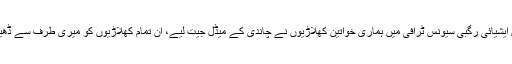
گزشتہ چند دنوں میں ایشیائی رگبی سیونس ٹرافی میں ہماری خواتین کھلاڑیوں نے چاندی کے میڈل جیت لیے، ان تمام کھلاڑیوں کو میری طرف سے ڈھیر ساری مبارک باد۔